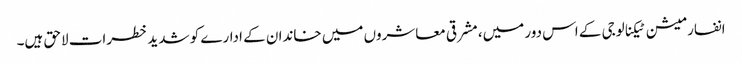
انفارمیشن ٹیکنالوجی کے اس دور میں، مشرقی معاشروں میں خاندان کے ادارے کو شدید خطرات لاحق ہیں۔